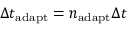
\Delta t _ { \mathrm { a d a p t } } = n _ { \mathrm { a d a p t } } \Delta t